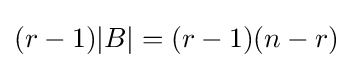
(r-1)|B|=(r-1)(n-r)